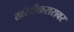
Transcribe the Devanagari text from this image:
खरेदीकरारावर